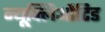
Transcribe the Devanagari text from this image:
न्यूक्लिऔटिड